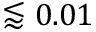
\lessapprox 0 . 0 1